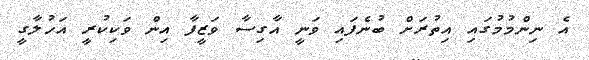
އެ ނިންމުމުގައި އިތުރަށް ބުނެފައި ވަނީ އާގިސާ ވަޒީފާ އިން ވަކިކުރީ އަހުލާގީ